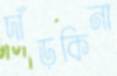
দাঁড়কিনা